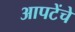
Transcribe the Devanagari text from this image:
आपटेंचे